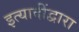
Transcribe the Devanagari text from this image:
इत्यादींद्वारा